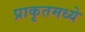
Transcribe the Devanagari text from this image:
प्राकृतमध्ये